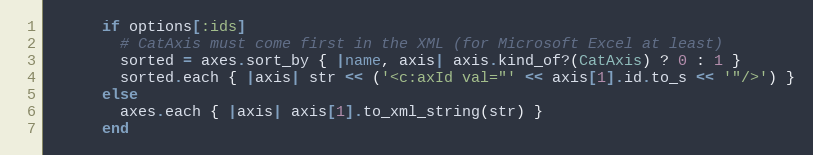
Language: Ruby
      if options[:ids]
        # CatAxis must come first in the XML (for Microsoft Excel at least)
        sorted = axes.sort_by { |name, axis| axis.kind_of?(CatAxis) ? 0 : 1 }
        sorted.each { |axis| str << ('<c:axId val="' << axis[1].id.to_s << '"/>') }
      else
        axes.each { |axis| axis[1].to_xml_string(str) }
      end